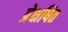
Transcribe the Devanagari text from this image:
प्रेक्षषित